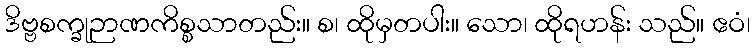
ဒိဗ္ဗစက္ခုဉာဏကိစ္စသာတည်း။ စ၊ ထိုမှတပါး။ သော၊ ထိုရဟန်း သည်။ ဧဝံ၊